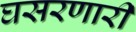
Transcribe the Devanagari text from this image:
घसरणारी